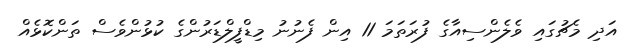
އަދި މެޗުގައި ވެލެންސިއާގެ ފުރަތަމަ 11 އިން ފެނުނު މިޑްފީލްޑަރުންގެ ކުޅުންވެސް ތަންކޮޅެއް